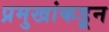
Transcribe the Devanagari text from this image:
प्रमुखांकडून